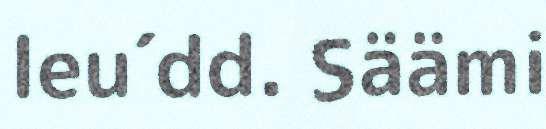
leu´dd. Säämi